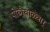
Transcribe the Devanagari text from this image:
पोय्गैयाळ्वार्